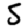
Digit: 5